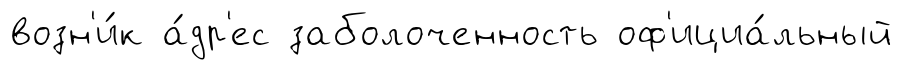
возн'и́к а́др'ес заболоченность оф'ициа́льный